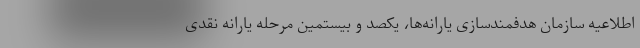
اطلاعیه سازمان هدفمندسازی یارانه‌ها، یکصد و بیستمین مرحله یارانه نقدی